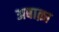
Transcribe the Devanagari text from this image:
अबाक़ा